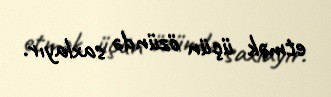
etmək üçün özündə saxlayır.